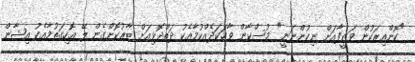
"ކޮންއިރަކުން ވަޒީފާއަށް ނިކުންނަނީ" މުސްކާން ވާހަކަދެއްކުމާއެކު ދަތްދޮޅިއަށް ބާރުކޮށްގެން ލޭ އޮހިގަތުމާއެކު އިޝާން